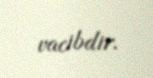
vacibdir.